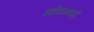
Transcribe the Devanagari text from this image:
अर्धवाक्यों